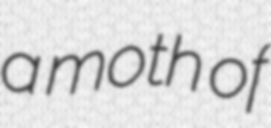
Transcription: a moth of